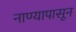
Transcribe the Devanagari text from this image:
नाण्यापासून